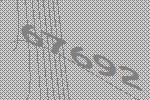
67692